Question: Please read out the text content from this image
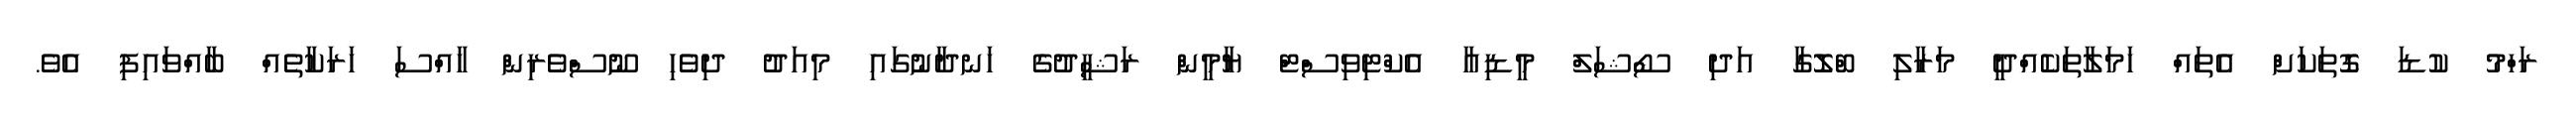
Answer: ރަހްމު ކުޑަ ގޮތަކަށް އެތައް ހަމަލާތަކެއްދީ މަރާލި ބްލޮގާ އަދި ސޯޝަލް މީޑިއާ އެކްޓިވިސްޓް ޔާމީން ރަޝީދުގެ ހަނދާނުގައި މިއަދު ދިވެހި ނޫސްވެރިން ހާއްސަ ހަރަކާތެއް ބާއްވައިފި އެވެ.